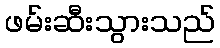
ဖမ်းဆီးသွားသည်